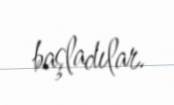
başladılar.